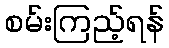
စမ်းကြည့်ရန်